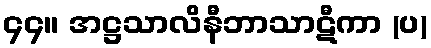
၄၄။ အဋ္ဌသာလိနီဘာသာဋီကာ (ပ)